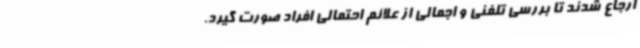
ارجاع شدند تا بررسی تلفنی و اجمالی از علائم احتمالی افراد صورت گیرد.